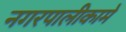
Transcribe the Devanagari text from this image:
नगरपालीकामे